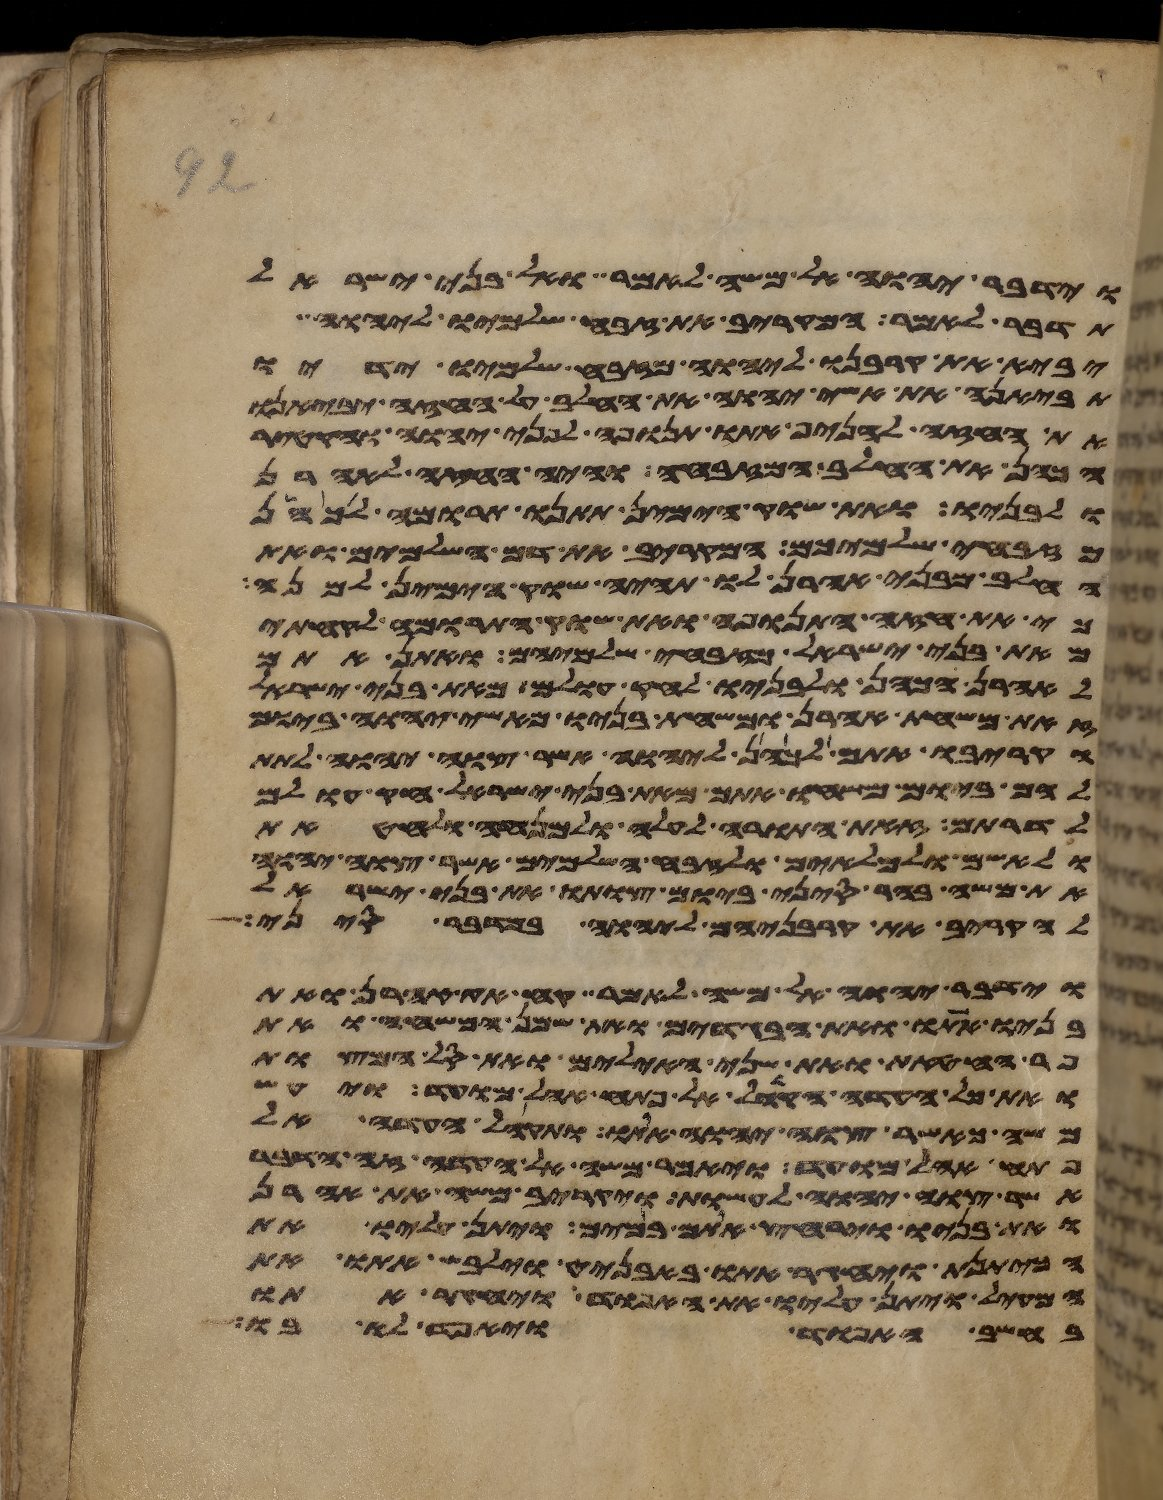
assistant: וידבר יהוה אל משה לאמר ואל בני ישראל
תדבר לאמר המקריב את זבח שלמיו ליהוה
יביא את קרבנו ליהוה מזבח שלמיו ידיו
תביאנה את אשי יהוה את החלב על החזה יביאנו
את החזה להניף אתו תנופה לפני יהוה והקטיר
הכהן את החלב המזבחה והיה החזה לאהרן
ולבניו ואת שוק הימין תתנו תרומה לכהן
מזבחי שלמיכם המקריב את דם השלמים ואת
החלב מבני אהרן לו תהיה שוק הימין למנה
כי את חזה התנופה ואת שוק התרומה לקחתי
מאת בני ישראל מזבחי שלמיהם ואתן אתם
לאהרן הכהן ולבניו לחק עולם מאת בני ישראל
זאת משחת אהרן ומשחת בניו מאשי יהוה ביום
הקריבו אתם לכהן ליהוה אשר צוה יהוה לתת
להם ביום משחו אתם מאת בני ישראל חק עולם
לדרותם זאת התורה לעלה ולמנחה ולחטאת
ולאשם ולמלאים ולזבח השלמים אשר צוה יהוה
את משה בהר סיני ביום צותו את בני ישראל
להקריב את קרבניהם ליהוה במדבר סיני
וידבר יהוה אל משה לאמר קח את אהרן ואת
בניו אתו ואת הבגדים ואת שמן המשחה ואת
פר החטאת ואת שני האילים ואת סל המצות
ואת כל העדה הקהל אל פתח אהל מועד ויעש
משה כאשר צוה יהוה אתו ותקהל העדה אל
פתח אהל מועד ויאמר משה אל העדה זה הדבר
אשר צוה יהוה לעשות ויקריב משה את אהרן
ואת בניו וירחץ אתם במים ויתן עליו את
הכיתנת ויחגר אתו באבניט וילבש אתו את
המעיל ויתן עליו את האפוד ויחגר אתו
בחשב האפוד ויאפד לו בו